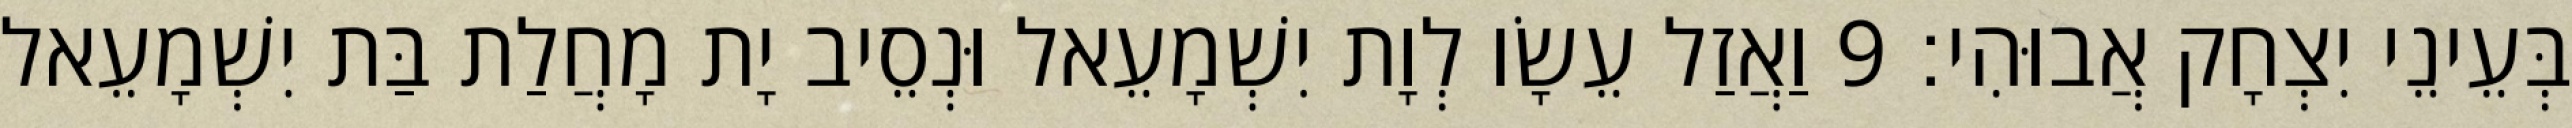
בְּעֵינֵי יִצְחָק אֲבוּהִי׃ 9 וַאֲזַל עֵשָׂו לְוָת יִשְׁמָעֵאל וּנְסֵיב יָת מָחֲלַת בַּת יִשְׁמָעֵאל